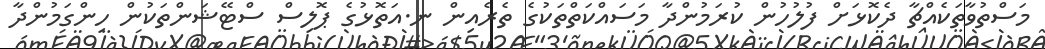
މަސްތުވާތަކެއްޗާ ދެކޮޅަށް ފުލުހުން ކުރަމުންދާ މަސައްކަތްތަކުގެ ތެރެއިން ނ.އަތޮޅުގެ ޕޮލިސް ސްޓޭޝަންތަކުން ހިންގަމުންދާ